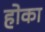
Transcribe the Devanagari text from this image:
होका